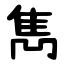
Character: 雋